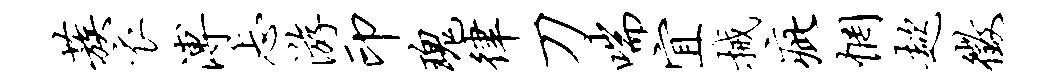
蔟衣溥忐游印瑰律刀喘宜械疵惘趑征